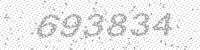
Solution: 693834